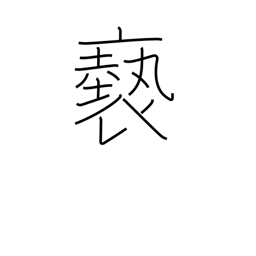
Meaning: filthy